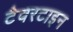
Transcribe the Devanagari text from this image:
टैवरटाइन